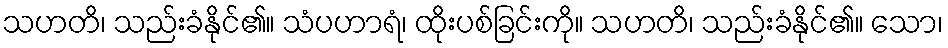
သဟတိ၊ သည်းခံနိုင်၏။ သံပဟာရံ၊ ထိုးပစ်ခြင်းကို။ သဟတိ၊ သည်းခံနိုင်၏။ သော၊